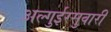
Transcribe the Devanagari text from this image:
अल्गुईरसुवारी